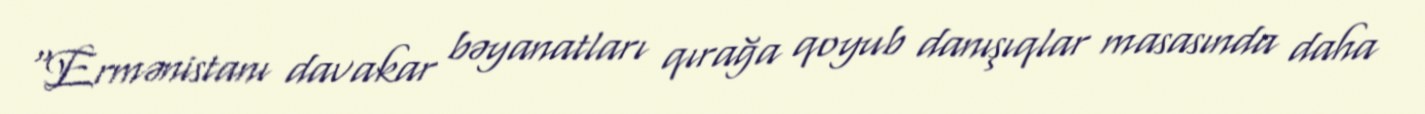
“Ermənistanı davakar bəyanatları qırağa qoyub danışıqlar masasında daha